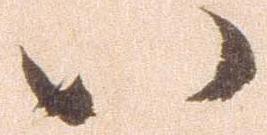
八